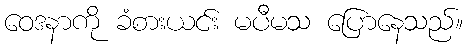
ဝေဒနာကို ခံစားယင်း မပီမသ ပြောနေသည်။